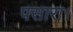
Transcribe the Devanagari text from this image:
पसारा।